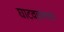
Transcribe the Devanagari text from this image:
घाटवळणाचा